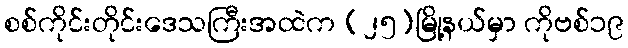
စစ်ကိုင်းတိုင်းဒေသကြီးအထဲက (၂၅)မြို့နယ်မှာ ကိုဗစ်၁၉